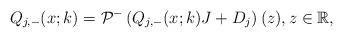
LaTeX: \begin{align*}Q_{j,-}(x;k)=\mathcal{P}^-\left(Q_{j,-}(x;k) J +D_j\right)(z), z \in \mathbb{R},\end{align*}